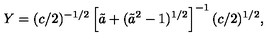
Y = ( c / 2 ) ^ { - 1 / 2 } \left[ \tilde { a } + ( \tilde { a } ^ { 2 } - 1 ) ^ { 1 / 2 } \right] ^ { - 1 } ( c / 2 ) ^ { 1 / 2 } ,